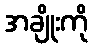
အချိုးကို